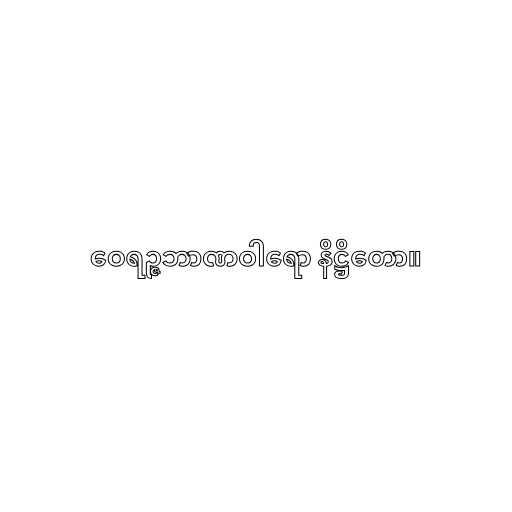
ဝေရဉ္ဇဘာဏဝါရော နိဋ္ဌိတော။